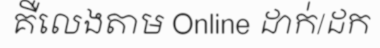
គឺលេងតាម Online ដាក់/ដក